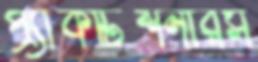
প্র্যাকটিশনারস